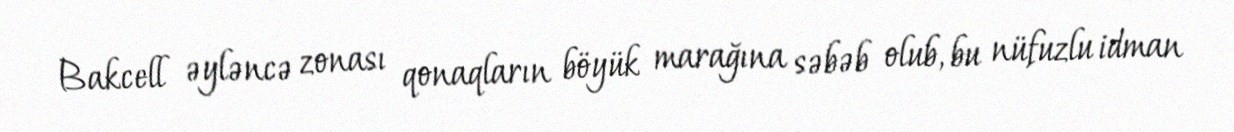
Bakcell əyləncə zonası qonaqların böyük marağına səbəb olub, bu nüfuzlu idman